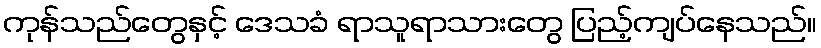
ကုန်သည်တွေနှင့် ဒေသခံ ရာသူရာသားတွေ ပြည့်ကျပ်နေသည်။